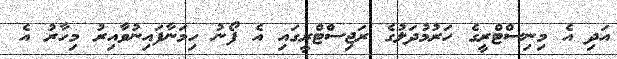
އަދި އެ މިނިސްޓްރީގެ ހަރުމުދަލުގެ ރަޖިސްޓްރީގައި އެ ފޯނު ހިމަނާފައިނުވާއިރު މިހާރު އެ